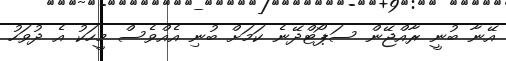
އޭނާ ބުނީ ރާއްޖޭން ސަޕޯޓްދޭނެ ކަމަށް ބުނި އެއްވެސް މީހަކު އެ ދުވަހު